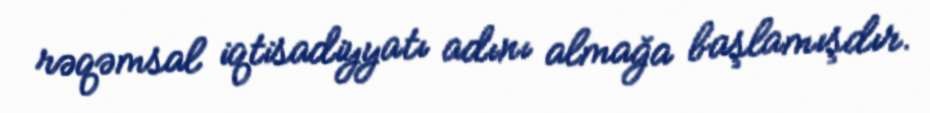
rəqəmsal iqtisadiyyatı adını almağa başlamışdır.